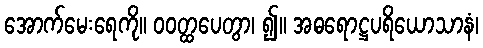
အောက်မေးရေကို။ ဝဝတ္ထပေတွာ၊ ၍။ အဓရောဋ္ဌပရိယောသာနံ၊